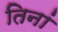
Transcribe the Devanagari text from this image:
तिनां